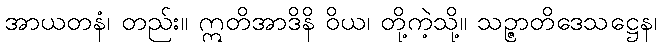
အာယတနံ၊ တည်း။ ဣတိအာဒိနိ ဝိယ၊ တို့ကဲ့သို့။ သဉ္ဇာတိဒေသဋ္ဌေန၊